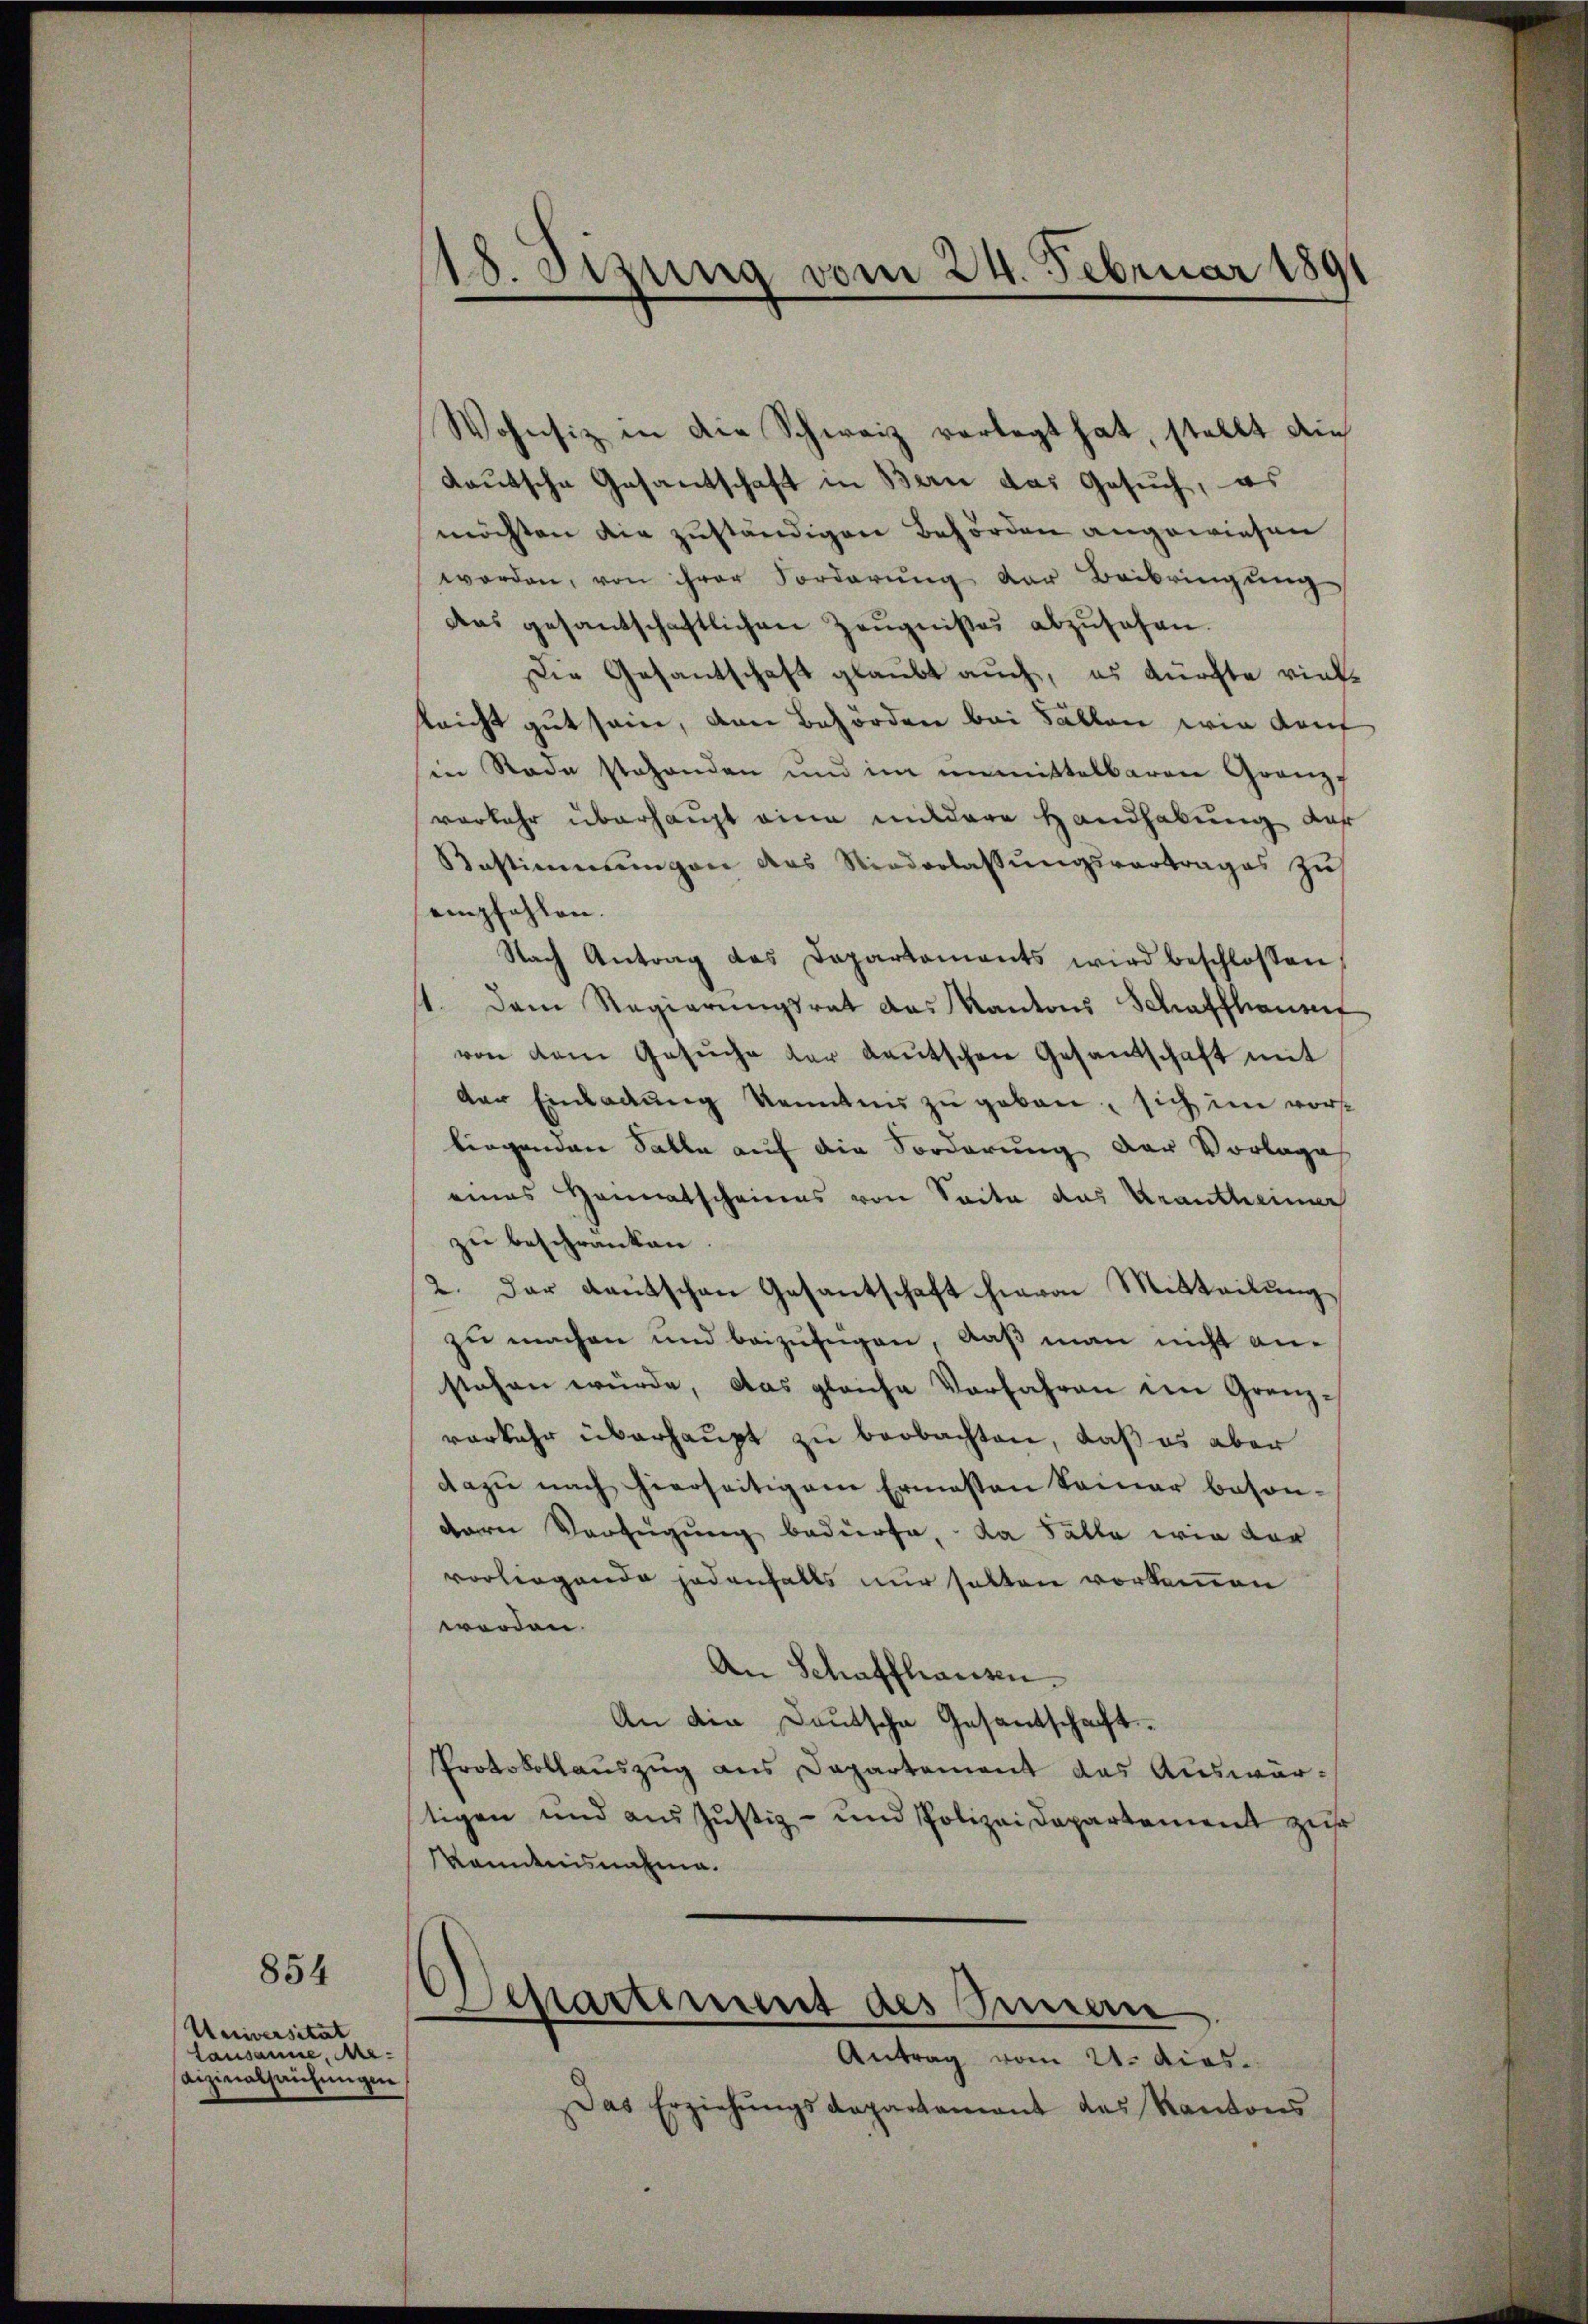
854

Universität
Lausanne, Mevizinalsachungen

18. Sizung vom 24. Februar 1891

Wohnsiz in die Schweiz vorlegt hat, stellt die
dautsche Gesantschaft in Bern das Gesuch, es
möchten die zuständigen Behörden angewiesen
werden, von ihrer Forderŭng der Beibringŭng
das gesantschaftlichen Zeŭgnißes abzŭsehen.
Die Gesantschaft glaubt auch, es dürfte viellricht gut sein, den Behörden bei Fällen wie Kauf
in Rade stehenden und im unmittelbaren Granz-
vorkehr überhaupt eine mildere Handhabung daß
Bestimmungen des Niederlassŭngsvertrages zŭ
empfahlen.
Nach Antrag das Departaments wird beschlossen
1. Dem Regierŭngsrat das Kantons Schaffhaust
von dem Gesŭche der Leŭtschen Gesandschaft mit
der Einladung kenntnis zu geben, sich im vorliegenden Salle auf die Forderung der Vorlage
eines Heimatscheines von Seite das Krautheimer
zu beschränken
2. Der Kautschen Gesantschaft hievon Mitteilung
zu machen und beizufügen, daß man nicht anstehen würde, das gleiche Vorfahren im Grenz-
verkehr überhaupt zu beobachten, daß es aber
dazu nach hierseitigem Ermessen keiner beson-
dere Verfügung bedürfe, da Fälle wie der
vorliegende jedenfalls nur halten vorkommen
worden.
An Schaffhausen.
An die Deutsche Gesantschafft.
Protokollauszug aus Dapartement das Auswärstigen und aus Justiz- und Polizei Departement zur
kanntnisnahme.
Departement des Finan
Antrag vom 21. dies
Das Erziehŭngsdepartement das Kantons